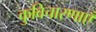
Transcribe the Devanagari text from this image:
कुविचारणाएँ